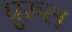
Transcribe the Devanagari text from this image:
पुरुल